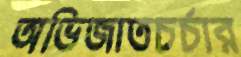
অভিজাতচর্চার